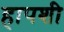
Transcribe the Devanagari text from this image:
हापशी